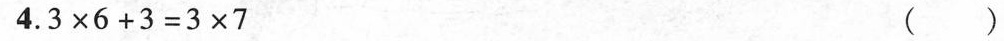
4.$$3 \times 6 + 3 = 3 \times 7$$ ( )